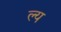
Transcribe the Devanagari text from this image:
ल्य